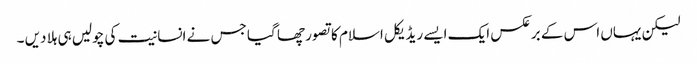
لیکن یہاں اس کے برعکس ایک ایسے ریڈیکل اسلام کا تصور چھا گیا جس نے انسانیت کی چولیں ہی ہلا دیں ۔